Lunatic asylums Bombay report 1878-1890 - 1878-1890
Year: 1878
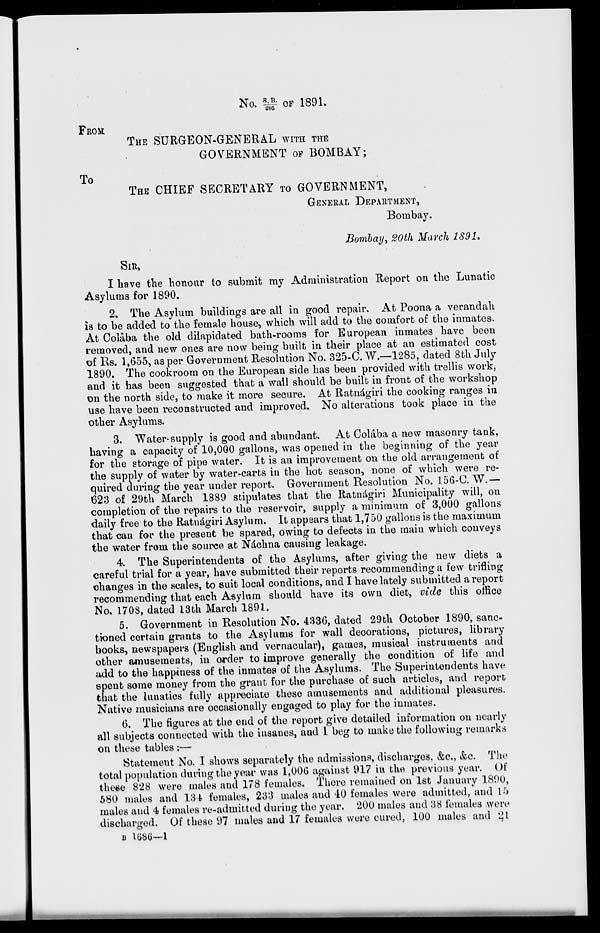
No S.B./205 OF 1891
FROM:
THE SURGEON-GENERAL WITH THE
GOVERNMENT OF BOMBAY;
To
THE CHIEF SECRETARY TO GOVERNMENT,
GENERAL DEPARTMENT,
Bombay.
Bombay, 20th March 1891.
SIR,
I have the honour to submit my Administration Report on the Lunatic
Asylums for 1890.
2. The Asylum buildings are all in good repair. At Poona a verandah
is to be added to the female house, which will add to the comfort of the inmates.
At Colaba the old dilapidated bath-rooms for European inmates have been
removed, and new ones are now being built in their place at an estimated cost
of Rs. 1,655, as per Government Resolution No. 325-C. W.—1285, dated 8th July
1890. The cookroom on the European side has been provided with trellis work,
and it has been suggested that a wall should be built in front of the workshop
on the north side, to make it more secure. At Ratnágiri the cooking ranges in
use have been reconstructed and improved. No alterations took place in the
other Asylums.
3. Water-supply is good and abundant. At Colába a new masonry tank,
having a capacity of 10,000 gallons, was opened in the beginning of the year
for the storage of pipe water. It is an improvement on the old arrangement of
the supply of water by water-carts in the hot season, none of which were re-
quired during the year under report. Government Resolution No. 156-C. W.—
623 of 29th March 1889 stipulates that the Ratnágiri Municipality will, on
completion of the repairs to the reservoir, supply a minimum of 3,000 gallons
daily free to the Ratnágiri Asylum. It appears that 1,750 gallons is the maximum
that can for the present be spared, owing to defects in the main which conveys
the water from the source at Náchna causing leakage.
4. The Superintendents of the Asylums, after giving the new diets a
careful trial for a year, have submitted their reports recommending a few trifling
changes in the scales, to suit local conditions, and I have lately submitted a report
recommending that each Asylum should have its own diet, vide this office
No. 1708, dated 13th March 1891.
5. Government in Resolution No. 4336, dated 29th October 1890, sanc-
tioned certain grants to the Asylums for wall decorations, pictures, library
books, newspapers (English and vernacular), games, musical instruments and
other amusements, in order to improve generally the condition of life and
add to the happiness of the inmates of the Asylums. The Superintendents have
spent some money from the grant for the purchase of such articles, and report
that the lunatics fully appreciate these amusements and additional pleasures.
Native musicians are occasionally engaged to play for the inmates.
6. The figures at the end of the report give detailed information on nearly
all subjects connected with the insanes, and I beg to make the following remarks
on these tables :—
Statement No. I shows separately the admissions, discharges, &c., &c. The
total population during the year was 1,006 against 917 in the previous year. Of
these 828 were males and 178 females. There remained on 1st January 1890,
580 males and 134 females, 233 males and 40 females were admitted, and 15
males and 4 females re-admitted during the year. 200 males and 38 females were
discharged. Of these 97 males and 17 females were cured, 100 males and 21
B 1686—1